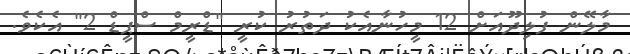
މާލޭން ފުލިދޫއަށް 12 މީހުނާއެކު ދަތުރު ކުރީ "ޑްރީމް ސްޕީޑް 2" އެކެވެ.